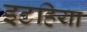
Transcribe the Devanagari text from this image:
इटहिया